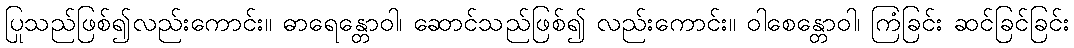
ပြုသည်ဖြစ်၍လည်းကောင်း။ ဓာရေန္တောဝါ၊ ဆောင်သည်ဖြစ်၍ လည်းကောင်း။ ဝါစေန္တောဝါ၊ ကြံခြင်း ဆင်ခြင်ခြင်း